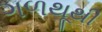
ગળથૂથી